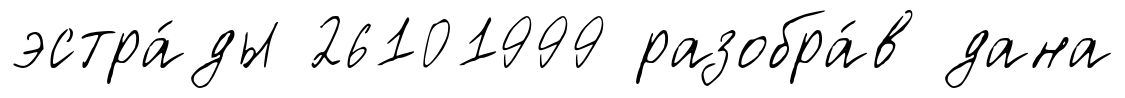
эстра́ды 26101999 разобра́в дана